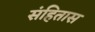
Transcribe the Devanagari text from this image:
संहितास